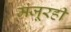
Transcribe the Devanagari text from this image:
मंजूरही